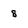
Character: 8